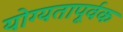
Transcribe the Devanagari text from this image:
योग्‍यतापूर्वक